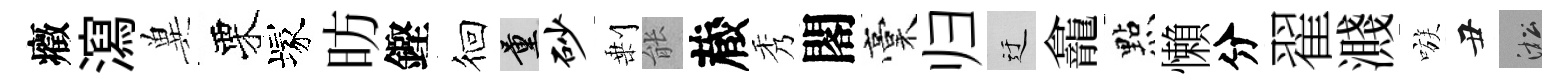
癥瀉兾栗塚昉鏗徊量砂剰䏻蔵秀閣稾归迂龕㸃懶分翟濺嗾丑淞